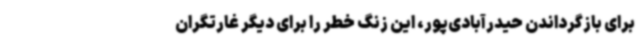
برای بازگرداندن حیدرآبادی‌پور، این زنگ خطر را برای دیگر غارتگران